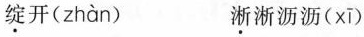
绽开( zhàn ) 淅淅沥沥( xī )